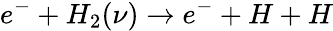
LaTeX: e^{-}+H_{2}(\nu)\rightarrow e^{-}+H+H